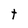
Character: t